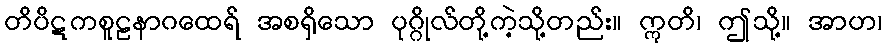
တိပိဋကစူဠနာဂထေရ် အစရှိသော ပုဂ္ဂိုလ်တို့ကဲ့သို့တည်း။ ဣတိ၊ ဤသို့။ အာဟ၊